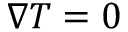
\nabla T = 0